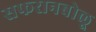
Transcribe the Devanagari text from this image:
सफरानबोलू